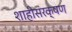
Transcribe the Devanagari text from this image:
शाहीसंरक्षण